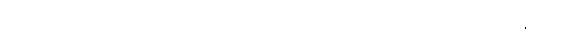
၅။ အလုံးစုံညိုသော အဝတ်၊ ၆။ အလုံးစုံမောင်းသော အဝတ်၊